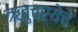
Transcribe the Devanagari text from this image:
ऋतुचर्येचे